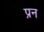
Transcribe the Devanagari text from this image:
प्रन